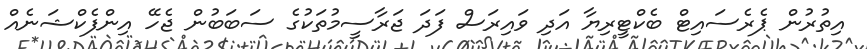
އިތުރުން ޕެރެސައިޓް ބެކްޓީރިޔާ އަދި ވައިރަސް ފަދަ ޖަރާސީމުތަކުގެ ސަބަބުން ޖެހޭ އިންފެކްޝަނެއް